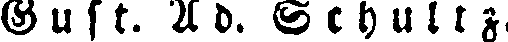
Gust. Ad. Schultz.